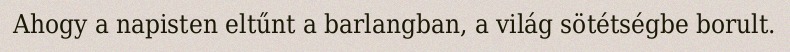
Ahogy a napisten eltűnt a barlangban, a világ sötétségbe borult.